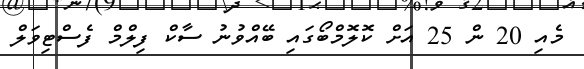
މެއި 20 ން 25 އަށް ކޮލޮމްބޯގައި ބޭއްވުނު ސާކް ފިލްމް ފެސްޓިވަލް